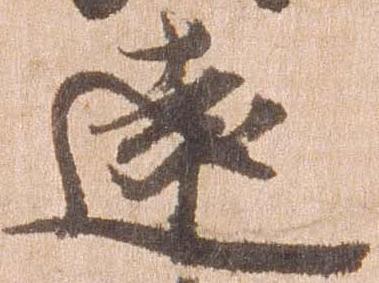
遠